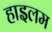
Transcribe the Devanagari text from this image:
हाइलम